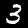
Label: 3